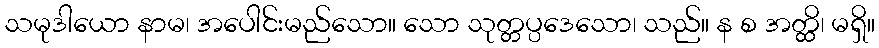
သမုဒါယော နာမ၊ အပေါင်းမည်သော။ သော သုတ္တပ္ပဒေသော၊ သည်။ န စ အတ္ထိ၊ မရှိ။